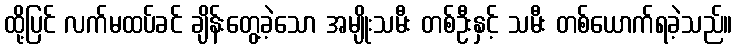
ထို့ပြင် လက်မထပ်ခင် ချိန်းတွေ့ခဲ့သော အမျိုးသမီး တစ်ဦးနှင့် သမီး တစ်ယောက်ရခဲ့သည်။